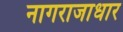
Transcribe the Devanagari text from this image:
नागराजाधार